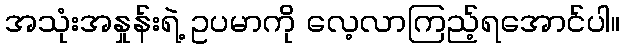
အသုံးအနှုန်းရဲ့ ဥပမာကို လေ့လာကြည့်ရအောင်ပါ။